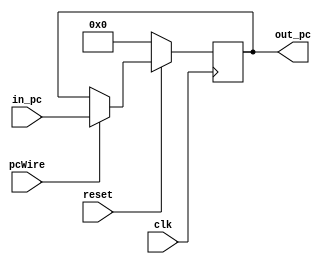
`timescale 1ns / 1ps
//////////////////////////////////////////////////////////////////////////////////
// Company: 
// Engineer: 
// 
// Design Name: 
// Module Name: pc
// Project Name: 
// Target Devices: 
// Tool Versions: 
// Description: 
// 
// Dependencies: 
// 
// Revision:
// Revision 0.01 - File Created
// Additional Comments:
// 
//////////////////////////////////////////////////////////////////////////////////


module pc(clk, reset, in_pc, out_pc, pcWire);
    input wire clk,reset,pcWire;
    input wire [31:0] in_pc;
    output reg [31:0] out_pc;
    
    initial begin
        out_pc=0;
    end
    
    always @(posedge clk) begin
        if (!reset) begin
            out_pc=0;
        end else if (pcWire) begin
            out_pc=in_pc;
        end else if (!pcWire) begin
            out_pc=out_pc;
        end
    end
endmodule

module pcAddFour(in_pc, out_pc);
    input wire [31:0] in_pc;
    output wire [31:0] out_pc;    
    assign out_pc[31:0] = in_pc[31:0] + 4;
endmodule

module pcAddImm(
    input [31:0] now_pc,
    input [31:0] addNum,
    output wire [31:0] out_pc
    );
    assign out_pc = now_pc + (addNum * 4);    //
endmodule

module pcJump(
    input wire [31:0] pc4,
    input wire [31:0] addr,
    output reg [31:0] out
    );
    always @(pc4 or addr) begin
        out <= { pc4[31:28],addr[27:2],{2{1'b0}} };
    end
endmodule